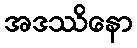
အဒဿိနော